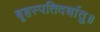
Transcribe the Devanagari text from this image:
बृहस्पतिदर्धातु॥